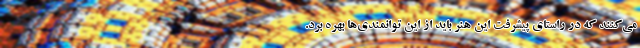
می‌کنند که در راستای پیشرفت این هنر باید از این توانمندی‌ها بهره برد.